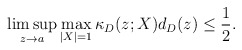
\begin{align*}\limsup_{z\to a}\max_{|X|=1}\kappa_D(z;X)d_D(z)\le\frac12.\end{align*}